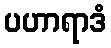
ပဟာရာဒံ